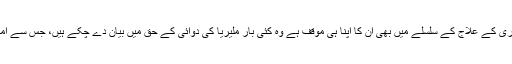
کورونا سے پیدا ہونے والی بیماری کے علاج کے سلسلے میں بھی اُن کا اپنا ہی موقف ہے وہ کئی بار ملیریا کی دوائی کے حق میں بیان دے چکے ہیں، جس سے امریکی ڈاکٹر اتفاق نہیں کر رہے۔